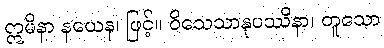
ဣမိနာ နယေန၊ ဖြင့်။ ဝိသေသာနုပဿိနာ၊ တူသော